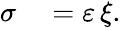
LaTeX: \begin{array}{rl}{\sigma}&{{}=\varepsilon\, \xi.}\end{array}